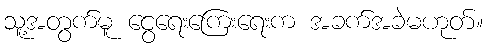
သူ့အတွက်မူ ငွေရေးကြေးရေးက အခက်အခဲမဟုတ်။